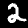
Label: 2